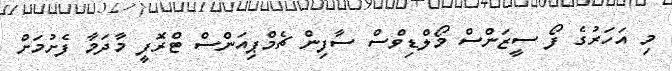
މި އަހަރުގެ ފޯ ސީޒަންސް މޯލްޑިވްސް ސާފިން ޗެމްޕިއަންސް ޓްރޮފީ މާދަމާ ފެށުމަށް